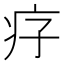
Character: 𤴳